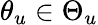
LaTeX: \theta_{u}\in\Theta_{u}